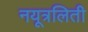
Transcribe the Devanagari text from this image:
नयूत्रलिती